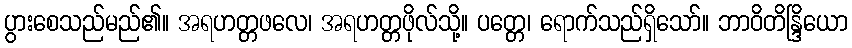
ပွားစေသည်မည်၏။ အရဟတ္တဖလေ၊ အရဟတ္တဖိုလ်သို့။ ပတ္တေ၊ ရောက်သည်ရှိသော်။ ဘာဝိတိန္ဒြိယော